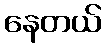
နေတယ်